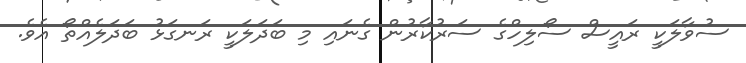
ސުވާލަކީ ރައީސް ސޯލިހްގެ ސަރުކާރުން ގެނައި މި ބަދަލަކީ ރަނގަޅު ބަދަލެއްތޯ އެވެ.